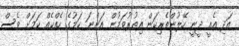
އަދި އެއީ ދީނީ ހޭލުންތެރިކަން އިތުރުވަމުން އަންނަ ކަމުގެ ހެއްކެއް ކަމަށް ވެސް